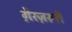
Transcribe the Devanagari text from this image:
ग़ैरज़रूरी